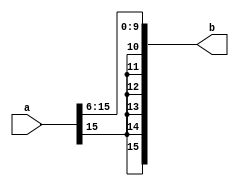

module rsh_6(a,b);

    input [15:0] a;
    output [15:0] b;
    

assign {b[15:9],b[8:0]}= {a[15],a[15],a[15],a[15],a[15],a[15],a[15:6]};


endmodule